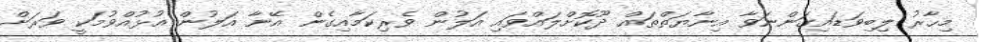
މިހާރު ލިބިވަޑައިގަންނަވާ އިނާޔަތްތައް ދޫކޮށްލައްވައި އަލުން ވެރިކަމާއިގެން އޭނާ އަލުން އުޅުއްވުމަކީ ވަރަށް